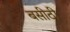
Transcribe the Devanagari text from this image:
बसीठी